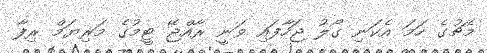
މެޗުގެ ހަމަ އެކަނި ގޯލު ޖަހާފައި ވަނީ ރާއްޖޭ ޓީމުގެ މަރިޔަމް ރިފާ